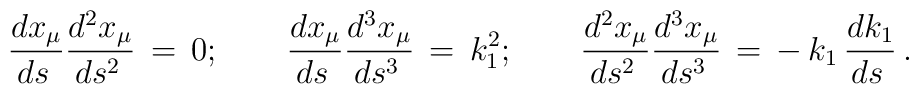
\frac{dx_\mu}{ds\,}\frac{d^2 x_\mu}{ds^2\,}\,=\,0; \qquad\frac{dx_\mu}{ds\,}\frac{d^3 x_\mu}{ds^3\,}\,=\,k_1^2;\qquad\frac{d^2 x_\mu}{ds^2\,}\frac{d^3 x_\mu}{ds^3\,}\,=\,-\,k_1\,\frac{dk_1}{ds\,}\,{.}